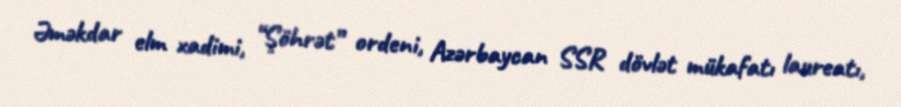
Əməkdar elm xadimi, “Şöhrət” ordeni, Azərbaycan SSR dövlət mükafatı laureatı,